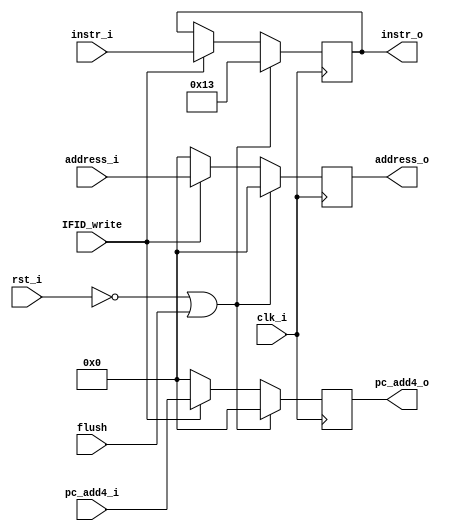
`timescale 1ns/1ps
module IFID_register (
    input clk_i,
    input rst_i,
    input flush,
    input IFID_write,
    input [31:0] address_i,
    input [31:0] instr_i,
    input [31:0] pc_add4_i,

    output reg [31:0] address_o,
    output reg [31:0] instr_o,
    output reg [31:0] pc_add4_o
);

always@(posedge clk_i)begin
    
    if(~rst_i || flush)begin
        address_o <= 0;
        instr_o <= 32'b00000000000000000000000000010011; //addi
        pc_add4_o <= 0;
    end
    else if(IFID_write) begin
        address_o <= address_i;
        instr_o <= instr_i;
        pc_add4_o <= pc_add4_i;
    end
    else begin
        address_o <= 32'b0;
        pc_add4_o <= 32'b0;
    end

end
endmodule